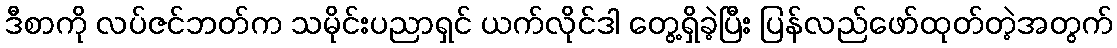
ဒီစာကို လပ်ဇင်ဘတ်က သမိုင်းပညာရှင် ယက်လိုင်ဒါ တွေ့ရှိခဲ့ပြီး ပြန်လည်ဖော်ထုတ်တဲ့အတွက်